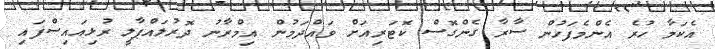
އެކަމާ ހުރެ އެންމެފަހުން ސާރާ ގެންގޮސް ކޮޓަރިއަށް ވައްދަމުން އިމްރާނު ދޮރުލައްޕާލީ ރުޅިއައިސްފައި